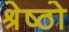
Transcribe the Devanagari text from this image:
श्रेष्ठो